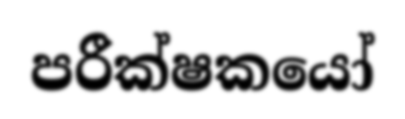
පරීක්ෂකයෝ